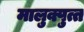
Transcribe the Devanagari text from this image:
मालुक्पुत्त